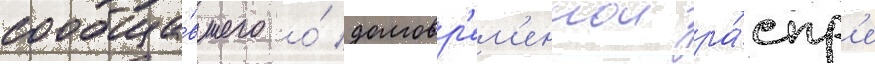
сообща́вшего о́ долговр'ем'еннои ра́спр'е